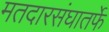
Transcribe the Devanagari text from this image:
मतदारसंघातर्फे